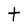
Character: t